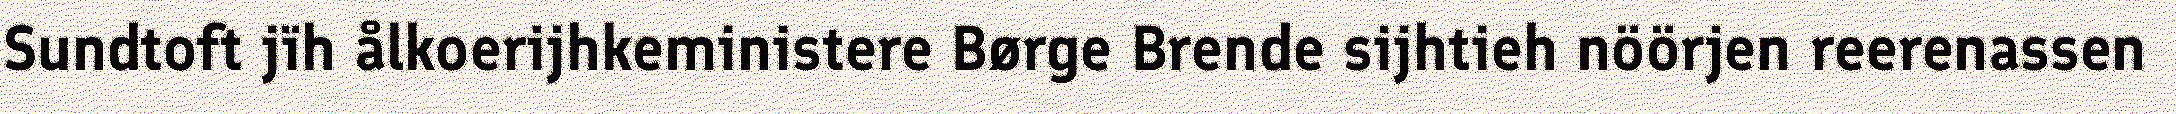
Sundtoft jïh ålkoerijhkeministere Børge Brende sijhtieh nöörjen reerenassen